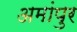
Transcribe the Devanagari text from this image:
अमांपुर